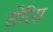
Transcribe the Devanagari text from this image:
सेरिस